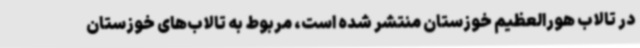
در تالاب هورالعظیم خوزستان منتشر شده است، مربوط به تالاب‌های خوزستان